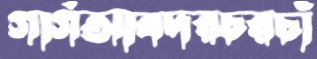
গার্গআবদরচরচাঁ